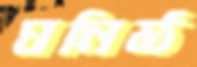
ঘনিষ্ঠ